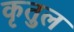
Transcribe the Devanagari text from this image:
कृतुल